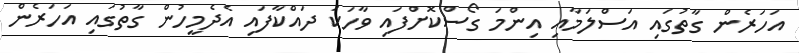
އަހަރެން ގާތުގައި އަސްލަމާއި އިންމަ ގޯސްކޮށްފައި ވާހަކަ ދައްކާފައި އެދެމީހުން ގާތުގައި އަހަރެން